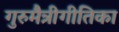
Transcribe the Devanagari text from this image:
गुरुमैत्रीगीतिका